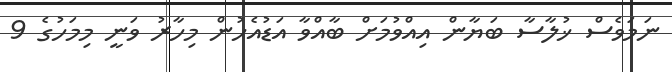
ނަމަވެސް ޚުލާސާ ބަޔާން އިއްވުމަށް ބާއްވާ އަޑުއެހުން މިހާރު ވަނީ މިމަހުގެ 9